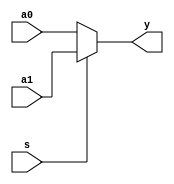
module mux2x5 (a0,a1,s,y);

   input [4:0] a0,a1;
   input        s;
   
   output [4:0] y;
   
   assign y = s ? a1 : a0;
   
endmodule